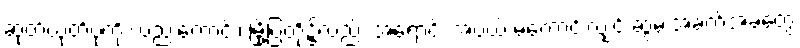
ဆုတ်ယုတ်ပုံကို လည်းကောင်း၊ မြို့ပြတို့၌လည်း အရောင်း အဝယ် မကောင်းလျှင် ဆွမ်းအခက်အခဲတွေ